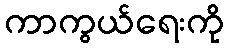
ကာကွယ်ရေးကို